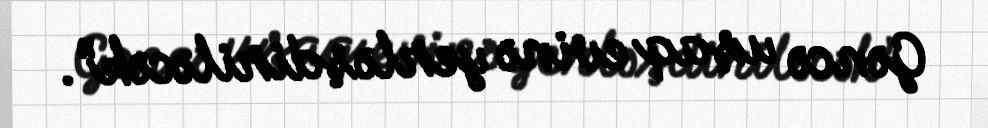
Gəncə uşaq evinə yerləşdiriləcək”.